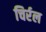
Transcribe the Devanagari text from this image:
चिर्रल